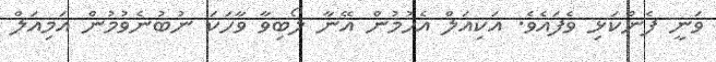
ވަނީ ފެންކަޅި ވެފައެވެ. އަކިއަލް އެހުމުން އޭނާ ލޯބިވާ ވާހަކަ ނުބުނެވުމުން އަމިއަލް